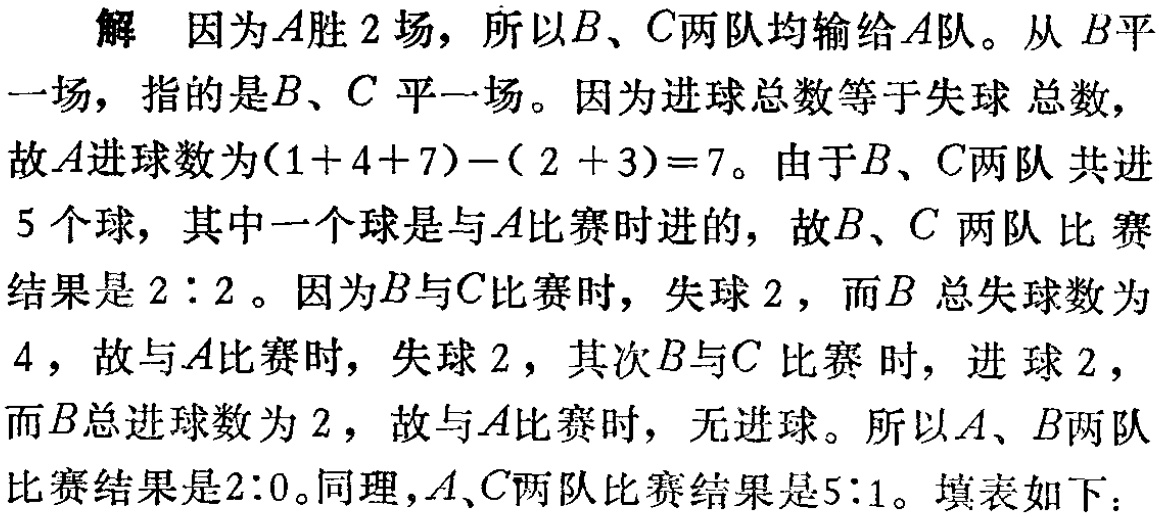
解 因为\(A\)胜\(2\)场，所以\(B\)、\(C\)两队均输给\(A\)队。从 \(B\)平一场，指的是\(B\)、\(C\) 平一场。因为进球总数等于失球 总数，故\(A\)进球数为\((1 + 4+7)-(2 + 3)=7\)。由于\(B\)、\(C\)两队 共进\(5\)个球，其中一个球是与\(A\)比赛时进的，故\(B\)、\(C\) 两队 比赛结果是\(2:2\)。因为\(B\)与\(C\)比赛时，失球\(2\)，而\(B\) 总失球数为\(4\)，故与\(A\)比赛时，失球\(2\)，其次\(B\)与\(C\) 比赛 时，进 球\(2\)，而\(B\)总进球数为\(2\)，故与\(A\)比赛时，无进球。所以\(A\)、\(B\)两队比赛结果是\(2:0\)。同理，\(A\)、\(C\)两队比赛结果是\(5:1\)。填表如下：